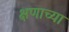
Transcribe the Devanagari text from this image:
क्षणाच्या